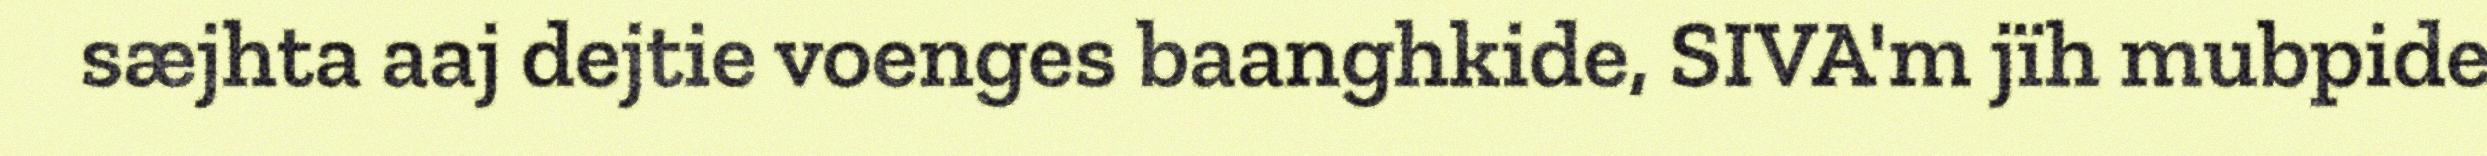
sæjhta aaj dejtie voenges baanghkide, SIVA'm jïh mubpide